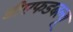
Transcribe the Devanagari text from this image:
डीएफडबल्‍यू